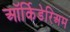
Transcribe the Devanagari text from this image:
ऑर्किडेरिअम